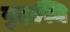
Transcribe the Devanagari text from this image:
गुदास्थि